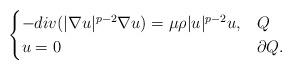
LaTeX: \begin{align*}\begin{cases}-div(|\nabla u|^{p-2}\nabla u) = \mu \rho |u|^{p-2}u, & Q\\u=0 & \partial Q.\end{cases}\end{align*}